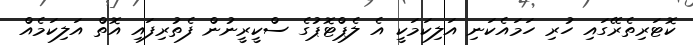
ކޮޓަރިތެރޭގައި ހުރި ހަމައެކަނި އަލިކަމަކީ އެ ލެޕްޓޮޕުގެ ސްކީރީނުން ފެތުރިފައި އޮތް އަލިކަމެއް